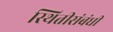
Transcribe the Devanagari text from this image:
स्थितीसंबंधी